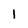
Character: 1